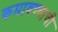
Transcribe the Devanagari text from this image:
कमावण्याची